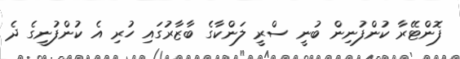
ފޮންޓޭރާ ކުންފުނިން ބުނީ ސްރީ ލަންކާގެ ބާޒާރުގައި ހުރި އެ ކުންފުނީގެ ދެ